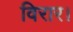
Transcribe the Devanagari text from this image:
विरार।